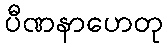
ပီဏနာဟေတု